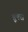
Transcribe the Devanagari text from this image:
प्रूफ्स